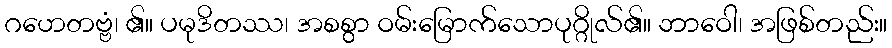
ဂဟေတဗ္ဗံ၊ ၏။ ပမုဒိတဿ၊ အစစွာ ဝမ်းမြောက်သောပုဂ္ဂိုလ်၏။ ဘာဝေါ၊ အဖြစ်တည်း။